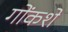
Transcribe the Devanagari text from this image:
गोंकशे